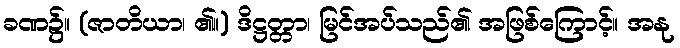
ခဏ၌။ (ဇာတိယာ၊ ၏။) ဒိဋ္ဌတ္တာ၊ မြင်အပ်သည်၏ အဖြစ်ကြောင့်။ အနု